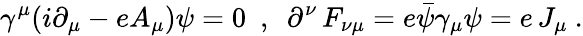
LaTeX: \gamma^{\mu}(i\partial_{\mu}-eA_{\mu})\psi=0\ \ ,\ \ \partial^{\nu}\, F_{\nu\mu}=e\bar{\psi}\gamma_{\mu}\psi=e\, J_{\mu}\ .